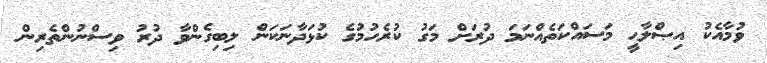
ވުމާއެކު އިޞްލާޙީ މަސައްކަތެއްނަމަ ދުރަށް މަގު ކުރެހުމުގެ ކުޅަދާނަކަން ލިބިގެންވާ ދުރު ވިސްނުންތެރިން